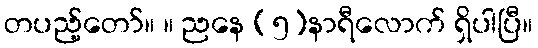
တပည့်တော်။ ။ ညနေ (၅)နာရီလောက် ရှိပါပြီ။